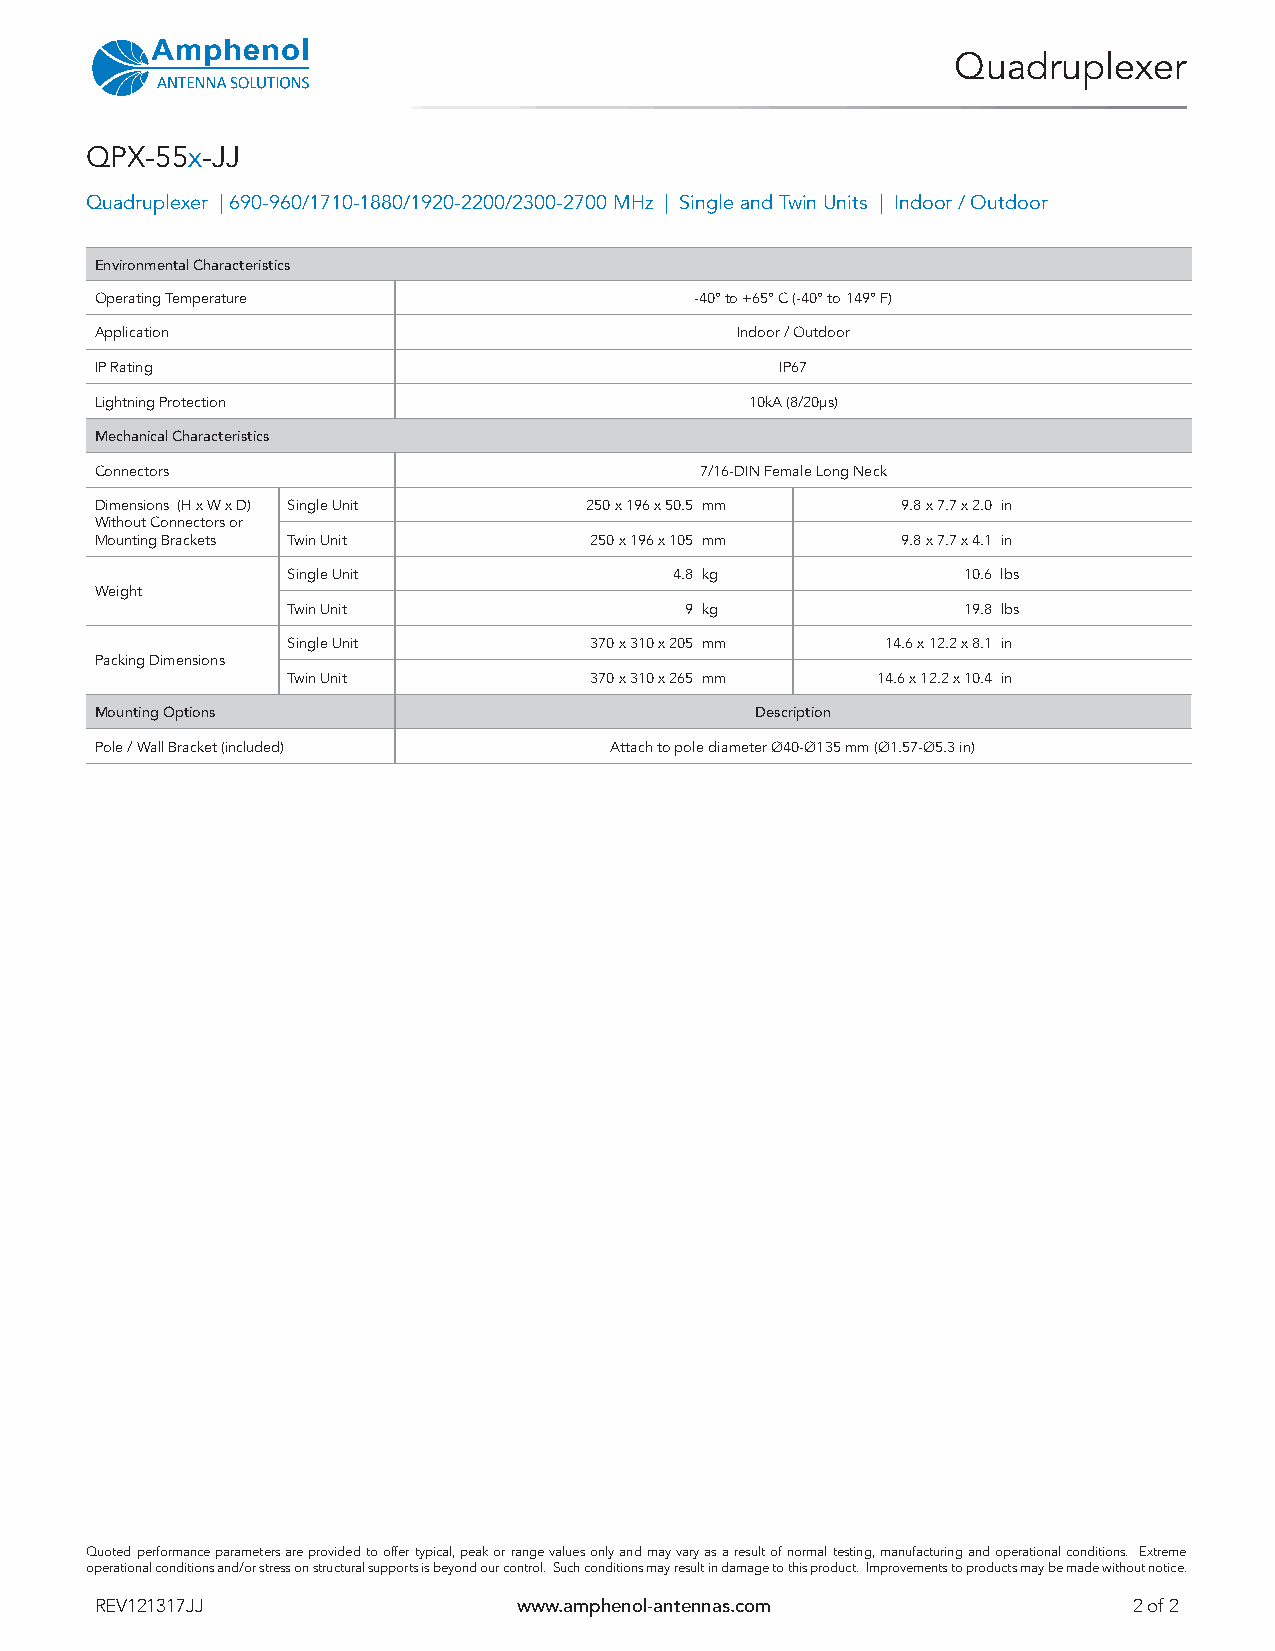
Quadruplexer
 QPX-55x-JJ
 Quadruplexer | 690-960/1710-1880/1920-2200/2300-2700 MHz | Single and Twin Units | Indoor / Outdoor
 Environmental Characteristics
 Operating Temperature                   -40° to +65° C (-40° to 149° F)
 Application                                Indoor / Outdoor
 IP Rating                                     IP67
 Lightning Protection                        10kA (8/20μs)
 Mechanical Characteristics
 Connectors                              7/16-DIN Female Long Neck
 Dimensions (H x W x D) Single Unit 250 x 196 x 50.5 mm 9.8 x 7.7 x 2.0 in
 Without Connectors or
 Mounting Brackets Twin Unit      250 x 196 x 105 mm   9.8 x 7.7 x 4.1 in
 Single Unit               4.8 kg             10.6 lbs
 Weight
 Twin Unit                 9 kg               19.8 lbs
 Single Unit         370 x 310 x 205 mm  14.6 x 12.2 x 8.1 in
 Packing Dimensions
 Twin Unit           370 x 310 x 265 mm 14.6 x 12.2 x 10.4 in
 Mounting Options                            Description
 Pole / Wall Bracket (included)    Attach to pole diameter Ø40-Ø135 mm (Ø1.57-Ø5.3 in)
 Quoted performance parameters are provided to offer typical, peak or range values only and may vary as a result of normal testing, manufacturing and operational conditions. Extreme
 operational conditions and/or stress on structural supports is beyond our control. Such conditions may result in damage to this product. Improvements to products may be made without notice.
 REV121317JJ                 www.amphenol-antennas.com                2 of 2